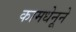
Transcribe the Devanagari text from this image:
कामधेनूने